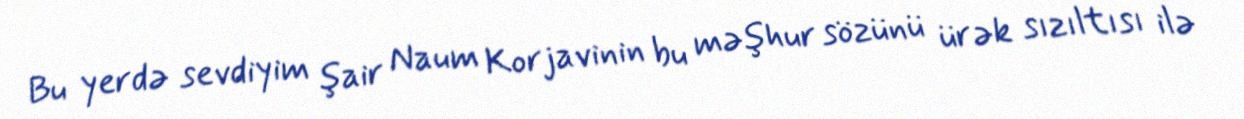
Bu yerdə sevdiyim şair Naum Korjavinin bu məşhur sözünü ürək sızıltısı ilə